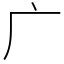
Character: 广